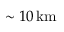
\sim 1 0 \, \mathrm { k m }